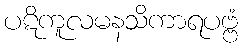
ပဋိကူလမနသိကာရပဗ္ဗံ